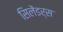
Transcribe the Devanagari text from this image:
सिलेंडर्स